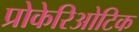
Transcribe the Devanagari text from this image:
प्रोकेरिओटिक